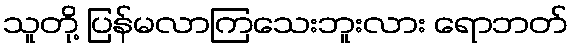
သူတို့ ပြန်မလာကြသေးဘူးလား ရောဘတ်